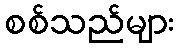
စစ်သည်များ